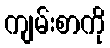
ကျမ်းစာကို